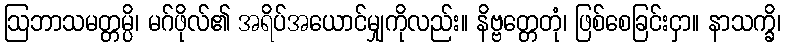
ဩဘာသမတ္တမ္ပိ၊ မဂ်ဖိုလ်၏ အရိပ်အယောင်မျှကိုလည်း။ နိဗ္ဗတ္တေတုံ၊ ဖြစ်စေခြင်းငှာ။ နာသက္ခိ၊